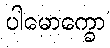
ပါမောက္ခော